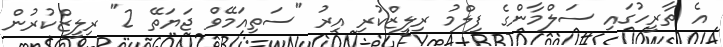
އެ ތާރީހުގައި ސަލްމާންގެ ފިލްމު ރިލީޒްކުރި އިރު "ސަތިއަމޭވް ޖަޔަތޭ 2" ރިލީޒްކުރުން